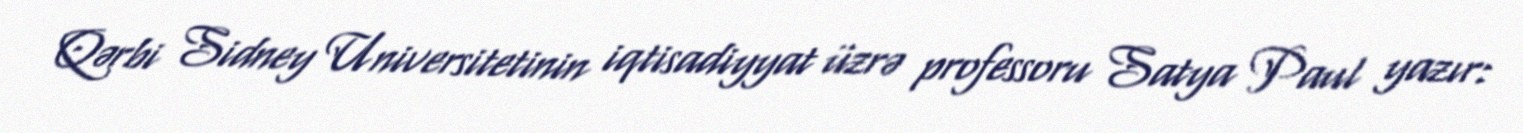
Qərbi Sidney Universitetinin iqtisadiyyat üzrə professoru Satya Paul yazır: